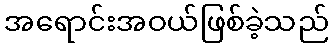
အရောင်းအဝယ်ဖြစ်ခဲ့သည်